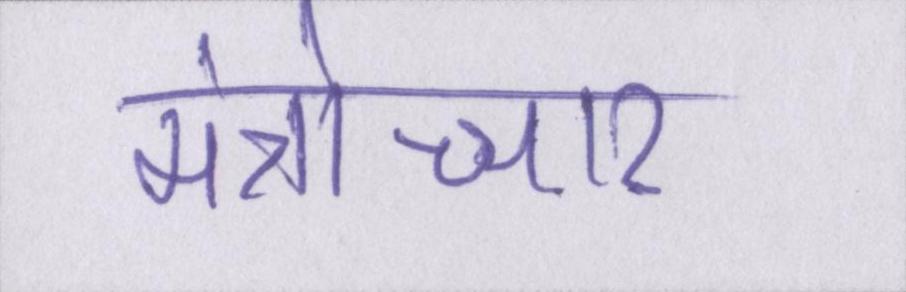
मंत्रोच्चार